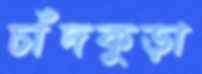
চাঁদকুড়া